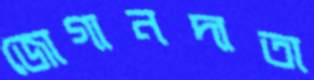
জোগানদাতা